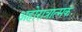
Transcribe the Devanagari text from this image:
अहोरात्रात्मक